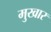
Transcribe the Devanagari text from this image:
मुखार